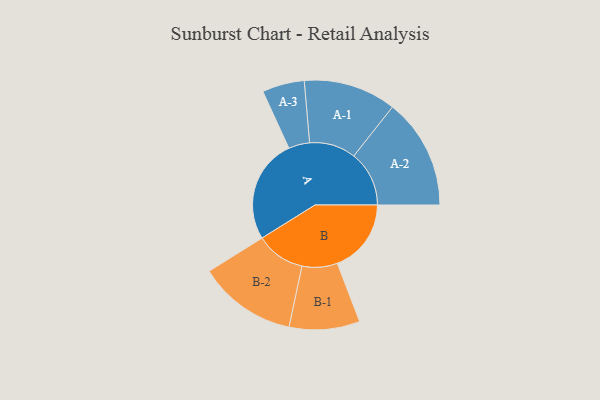
{"axis": {"x": "Segment", "y": "Value"}, "legend": ["", "A", "B"], "data": [{"x": "A", "y": 499, "type": ""}, {"x": "B", "y": 354, "type": ""}, {"x": "A-1", "y": 222, "type": "A"}, {"x": "A-2", "y": 265, "type": "A"}, {"x": "A-3", "y": 101, "type": "A"}, {"x": "B-1", "y": 169, "type": "B"}, {"x": "B-2", "y": 236, "type": "B"}]}